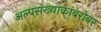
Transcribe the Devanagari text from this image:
अल्पसंख्याकांबरोबर